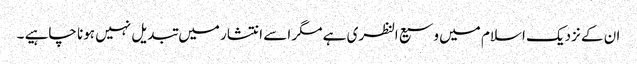
ان کے نزدیک اسلام میں وسیع النظری ہے مگر اسے انتشار میں تبدیل نہیں ہونا چاہیے ۔